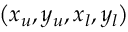
\left( x _ { u } , y _ { u } , x _ { l } , y _ { l } \right)